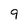
Character: 9